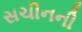
સચીનની